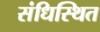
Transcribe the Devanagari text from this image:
संधिस्थित